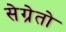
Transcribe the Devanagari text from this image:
सेग्रेतो